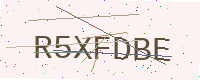
Text: R5XFDBE